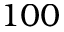
1 0 0